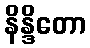
နိန္ဒိတော